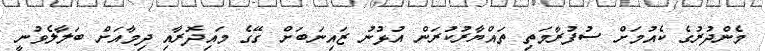
މެންދުރުގެ ކެއުމަށް ސުފުރާމަތި ތައްޔާރުކުރަން އުޅުނު ޒައިނަބަށް ގޭގެ މައިދޮރާއި ދިމާއަށް ބަލާލެވުނީ